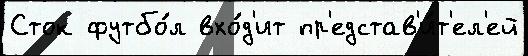
Сток футбо́л вхо́д'ит пр'едстав'и́т'ел'ей